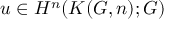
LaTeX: u \in H ^ { n } ( K ( G , n ) ; G )